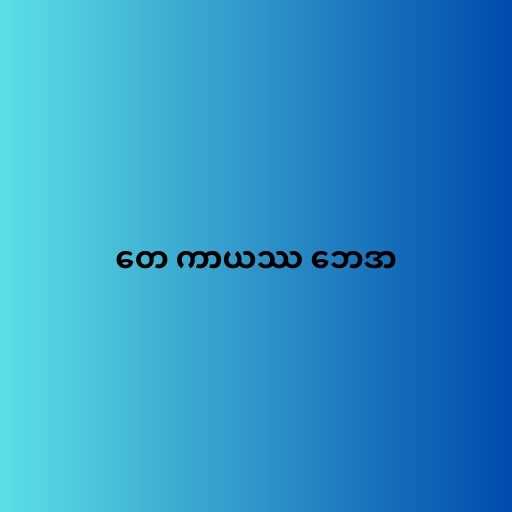
တေ ကာယဿ ဘေဒာ